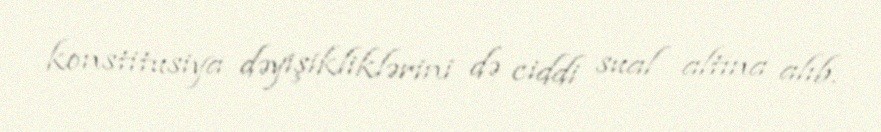
konstitusiya dəyişikliklərini də ciddi sual altına alıb.